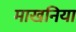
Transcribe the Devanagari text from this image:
माखनिया